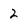
Character: 2